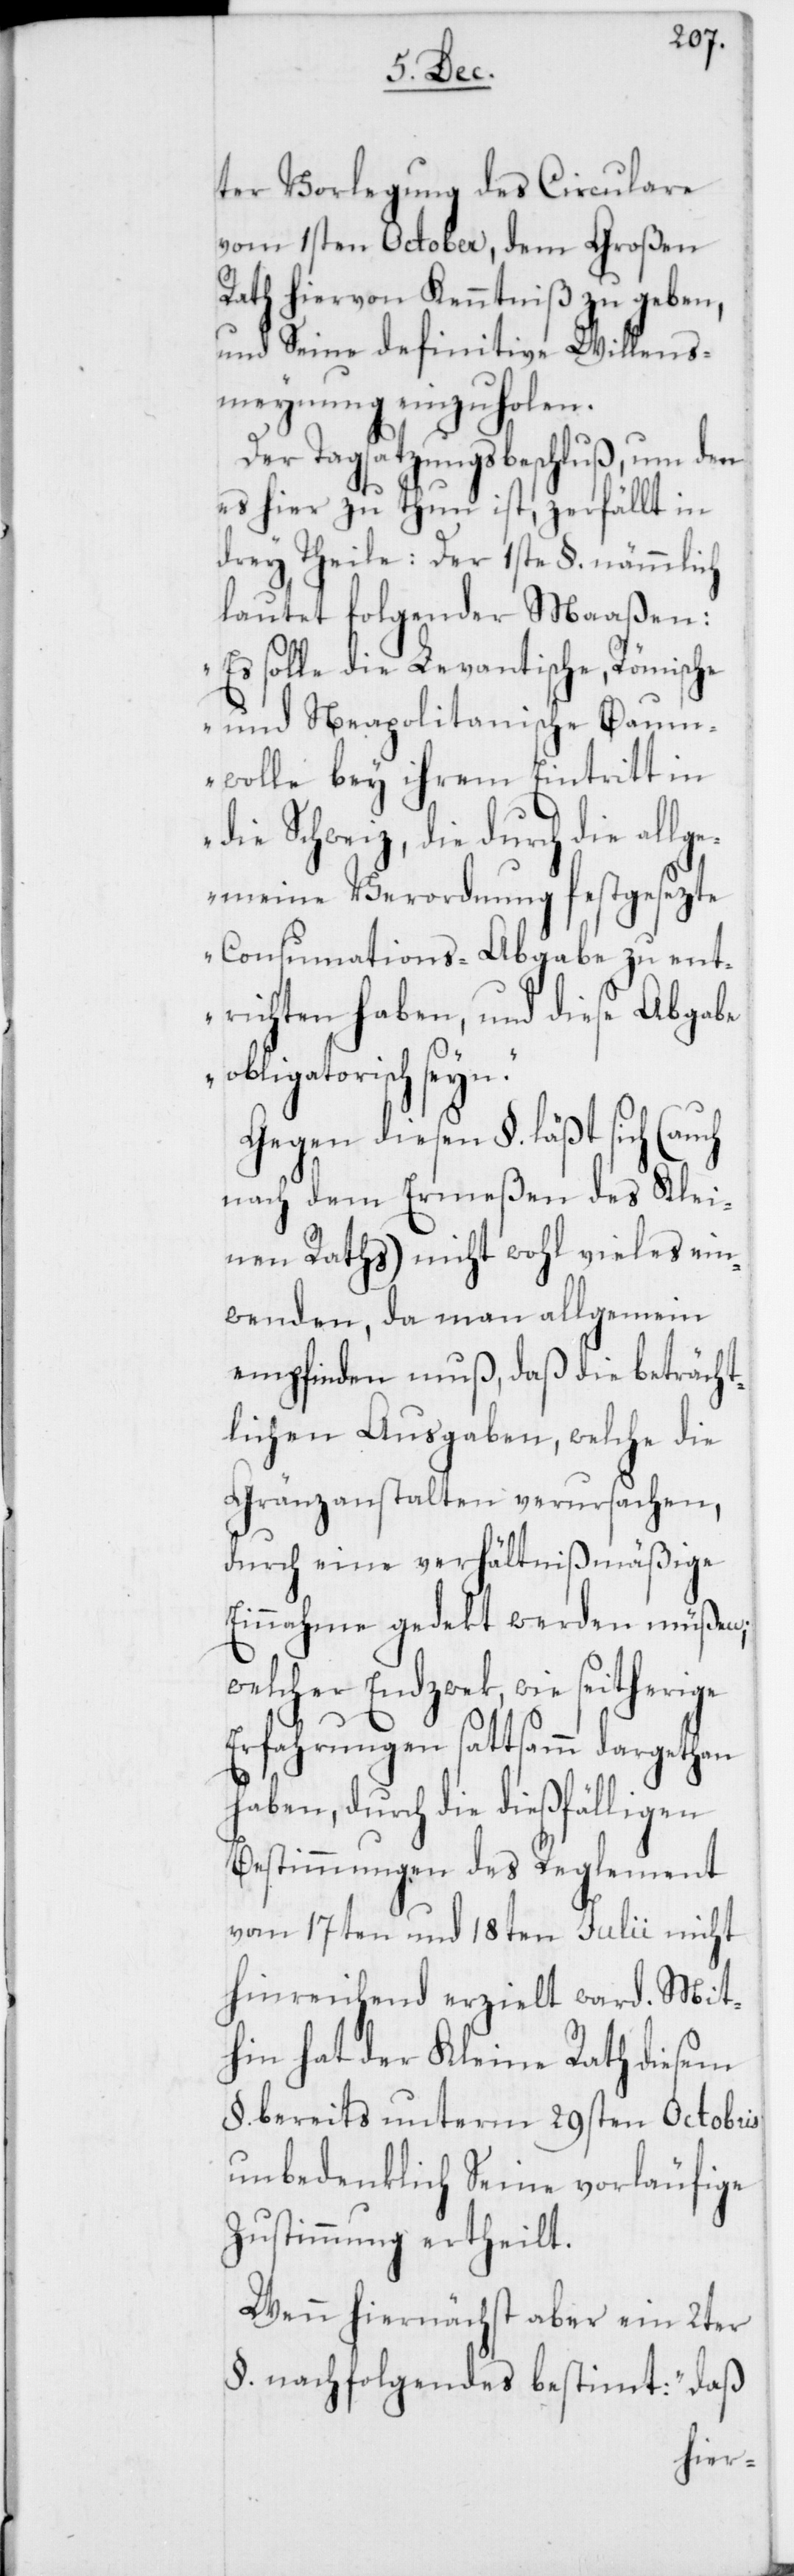
ter Vorlegung des Circulare
vom 1sten October, dem Großen
Rath hiervon Kenntniß zu geben,
und Seine definitive Willens¬
meynung einzuholen.
Der Tagsatzungsbeschluß, um den
es hier zu thun ist, zerfällt in
drey Theile: Der 1ste §. nämmlich
lautet folgender Maaßen:
„Es solle die Levantische, Römische
und Neapolitanische Baum¬
wolle bey ihrem Eintritt in
die Schweiz, die durch die all¬
gemeine Verordnung festgesezte
Consumations-Abgabe zu ent¬
richten haben, und diese Abgabe
obligatorisch seyn.“
Gegen diesen §. läßt sich (auch
nach dem Ermeßen des Klei¬
nen Raths) nicht wohl vieles ein¬
wenden, da man allgemein
empfinden muß, daß die beträcht¬
lichen Ausgaben, welche die
Gränzanstalten verursachen,
durch eine verhältnißmäßige
Einnahme gedekt werden müßen,
welcher Endzwek, wie seitherige
Erfahrungen sattsamm dargethan
haben, durch die dießfälligen
Bestimmungen des Reglement
vom 17ten und 18ten Julii nicht
hinreichend erzielt ward. Mit¬
hin hat der Kleine Rath diesem
§. bereits unterm 29sten Octobris
unbedenklich Seine vorläufige
Zustimmung ertheilt.
Wenn hiernächst aber ein 2ter
§. nachfolgendes bestimmt: „daß